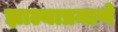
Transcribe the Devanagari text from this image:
झाल्याप्रमाणे